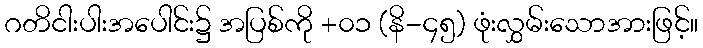
ဂတိငါးပါးအပေါင်း၌ အပြစ်ကို +၀၁ (နိ-၄၅) ဖုံးလွှမ်းသောအားဖြင့်။